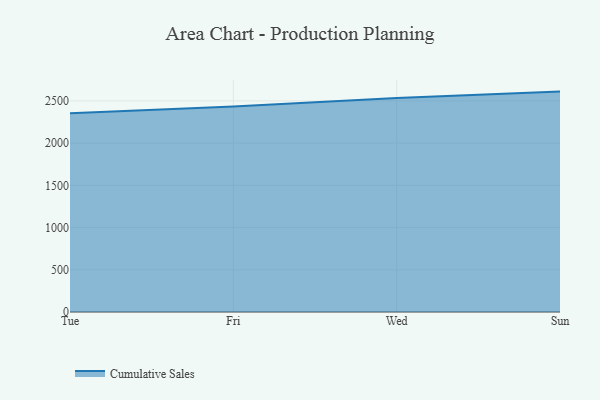
{"axis": {"x": "Day", "y": "Temperature (°C)"}, "legend": ["Cumulative Sales"], "data": [{"x": "Tue", "y": 2353.8, "type": "Cumulative Sales"}, {"x": "Fri", "y": 2433.5, "type": "Cumulative Sales"}, {"x": "Wed", "y": 2535.0, "type": "Cumulative Sales"}, {"x": "Sun", "y": 2610.1, "type": "Cumulative Sales"}]}